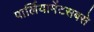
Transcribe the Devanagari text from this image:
पार्लियामेंटसबसे